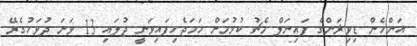
އަންހެން ޑިވިޜަންގެ ފައިނަލް މެޗު ކުޅުމަށް ހަމަޖެހިފައިވަނީ ޖުލައި 13 ވަނަ ދުވަހުގެރޭ